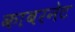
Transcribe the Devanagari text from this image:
काबरनेट